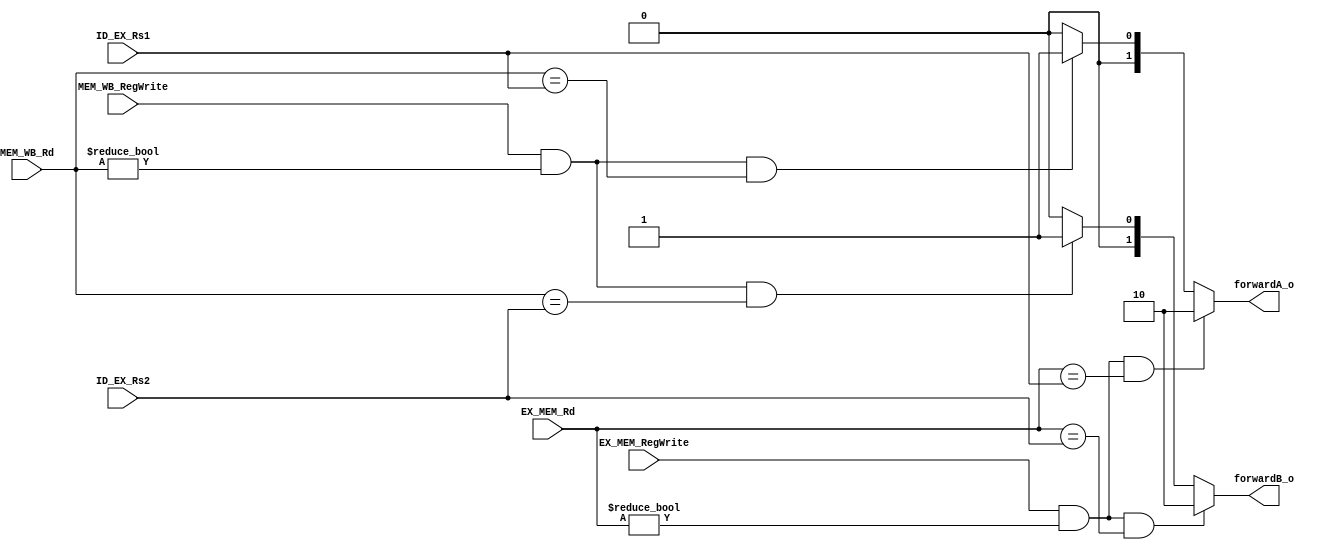
module Forwarding_Unit
(
    ID_EX_Rs1,
    ID_EX_Rs2,
	EX_MEM_Rd,
	EX_MEM_RegWrite,
    MEM_WB_Rd,
	MEM_WB_RegWrite,
    forwardA_o,
	forwardB_o
);


input   [4:0]  ID_EX_Rs1,ID_EX_Rs2,EX_MEM_Rd,MEM_WB_Rd;
input 	EX_MEM_RegWrite,MEM_WB_RegWrite;
output reg  [1:0]  forwardA_o,forwardB_o;

always@(*) begin
	if(EX_MEM_RegWrite==1'b1&&EX_MEM_Rd!=5'b0&&EX_MEM_Rd==ID_EX_Rs1 )  //forwardA_o
		forwardA_o <= 2'b10;
	else if(MEM_WB_RegWrite==1'b1&&MEM_WB_Rd!=5'b0&&MEM_WB_Rd==ID_EX_Rs1)
		forwardA_o <= 2'b01;		
	else 
		forwardA_o <= 2'b00;	
	
	if(EX_MEM_RegWrite==1'b1&&EX_MEM_Rd!=5'b0&&EX_MEM_Rd==ID_EX_Rs2)  //forwardB_o
		forwardB_o <= 2'b10;	
	else if(MEM_WB_RegWrite==1'b1&&MEM_WB_Rd!=5'b0&&MEM_WB_Rd==ID_EX_Rs2)
		forwardB_o <= 2'b01;	
	else 
		forwardB_o <= 2'b00;	
end 

endmodule